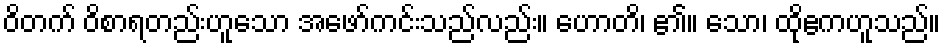
ဝိတက် ဝိစာရတည်းဟူသော အဖော်ကင်းသည်လည်း။ ဟောတိ၊ ၏။ သော၊ ထိုဧကဟူသည်။